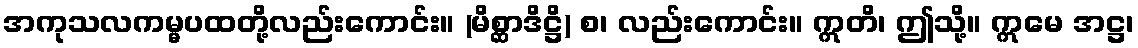
အကုသလကမ္မပထတို့လည်းကောင်း။ (မိစ္ဆာဒိဋ္ဌိ) စ၊ လည်းကောင်း။ ဣတိ၊ ဤသို့။ ဣမေ အဋ္ဌ၊